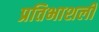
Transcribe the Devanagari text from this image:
प्रतिभाशली